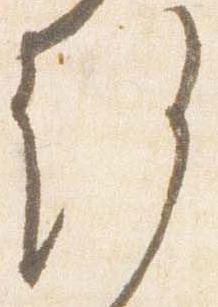
許